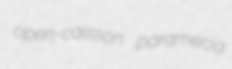
open-caisson paramecia